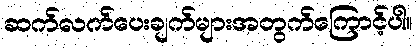
ဆက်လက်ပေးချက်များအတွက်ကြောင့်ပါ။